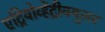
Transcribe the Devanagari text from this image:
एट्रियोव्हेंट्रीक्युलर